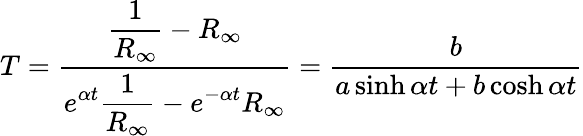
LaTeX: T=\frac{\displaystyle\frac{1}{R_{\infty}}-R_{\infty}}{\displaystyle e^{\alpha t}\frac{1}{R_{\infty}}-e^{-\alpha t}R_{\infty}}=\frac{b}{a\sinh{\alpha t}+b\cosh{\alpha t}}